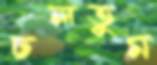
ঢলতুম